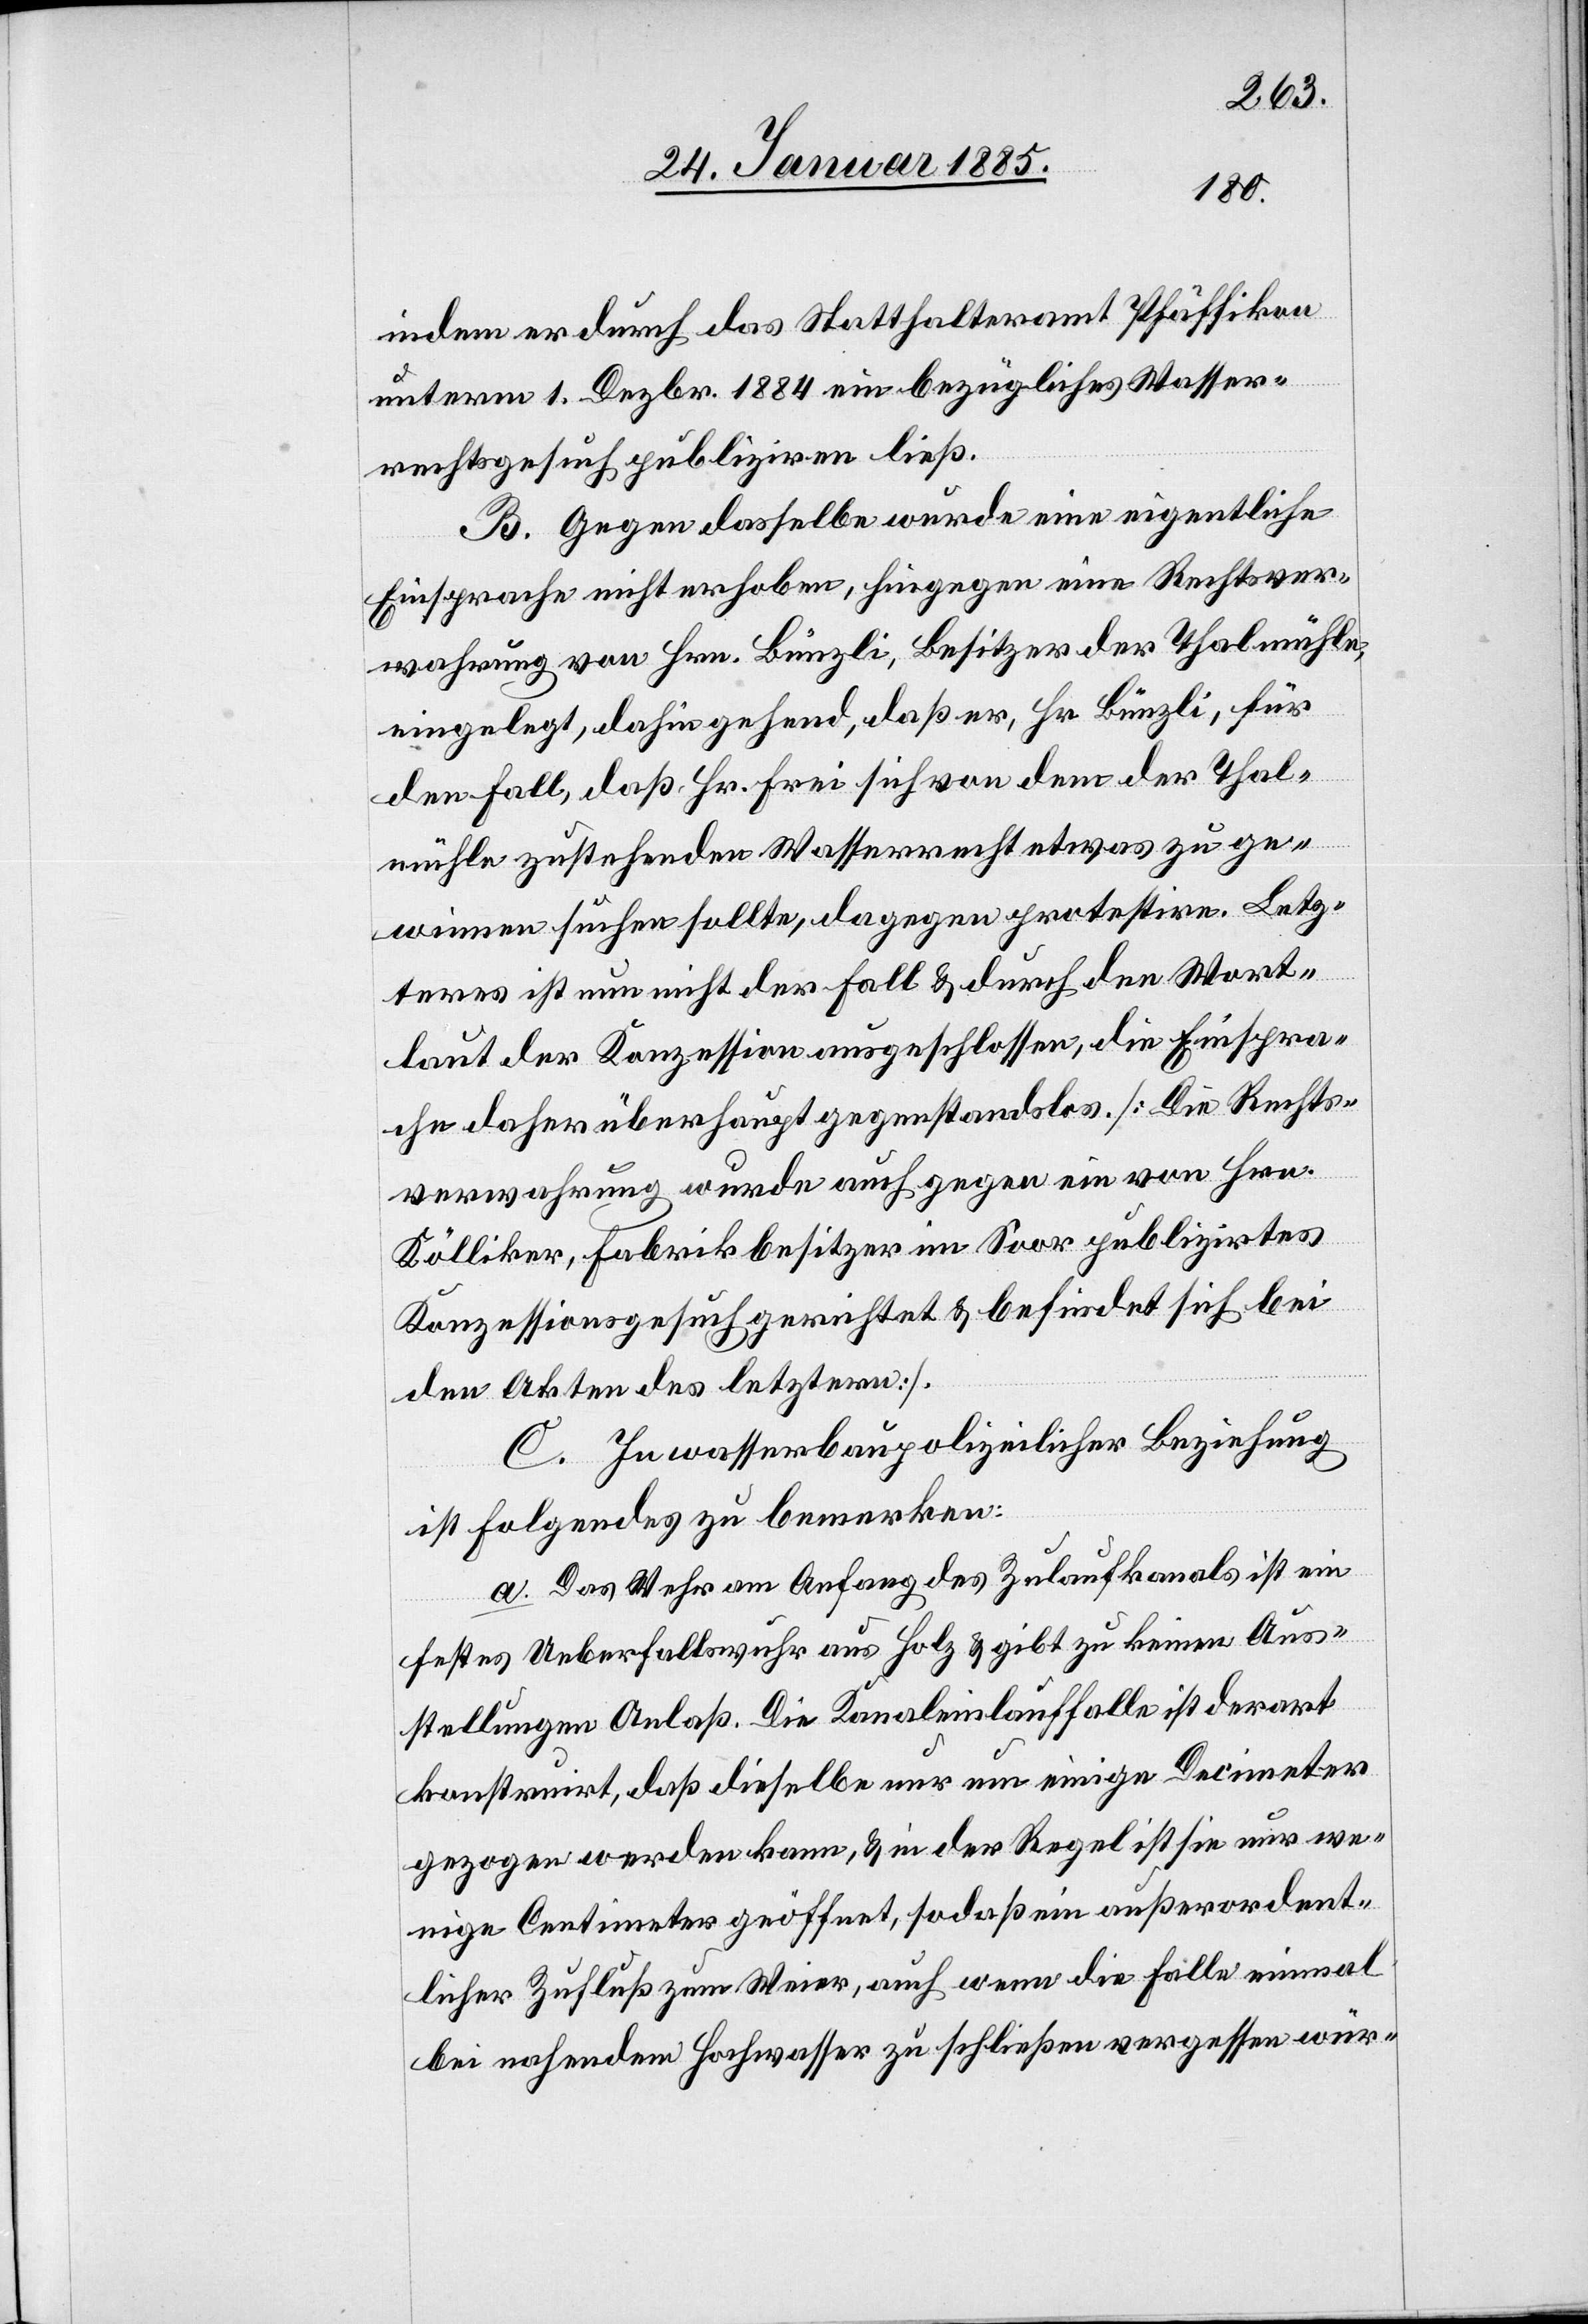
indem er durch das Statthalteramt Pfäffikon
unterm 1. Dezbr. 1884 ein bezügliches Wasser¬
rechtsgesuch publiziren ließ.
B. Gegen dasselbe wurde eine eigentliche
Einsprache nicht erhoben, hingegen eine Rechtsver¬
wahrung von Hrn. Künzli, für den Fall,
den Fall, das Hr. Frei sich von dem der Thal¬
mühle zustehenden Wasserrecht etwas zu ge¬
winnen suchen sollte, dagegen protestire. Letz¬
teres ist nun nicht der Fall & durch den Wort¬
laut der Konzession ausgeschlossen, die Einspra¬
che daher überhaupt gegenstandslos. [Die Rechts¬
verwahrung wurde auch gegen ein von Hrn.
Kölliker, Fabrikbesitzer im Soor publizirtes
Konzessionsgesuch gerichtet & befindet sich bei
den Akten des letztern].
C. In wasserbaupolizeilicher Beziehung
ist Folgendes zu bemerken:
a. Das Wehr am Anfang des Zulaufkanals ist ein
festes Ueberfallswuhr aus Holz & gibt zu keinen Aus¬
stellungen Anlaß. Die Kanaleinlauffalle ist derart
konstruirt, das dieselbe nur um einige Decimeter
gezogen werden kann, & in der Regel ist sie nur we¬
nige Centimeter geöffnet, sodaß ein außerordent¬
licher Zufluß zum Weier, auch wenn die Falle einmal
bei nahendem Hochwasser zu schließen vergessen wür-